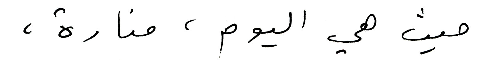
حيث هي اليوم ، منارة ،